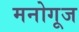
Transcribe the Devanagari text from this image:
मनोगूज